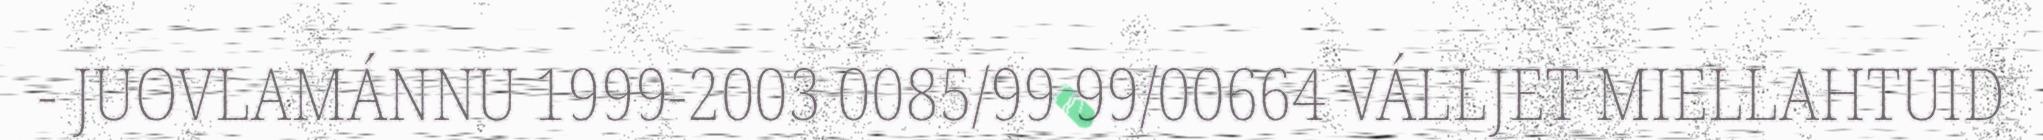
- JUOVLAMÁNNU 1999-2003 0085/99 99/00664 VÁLLJET MIELLAHTUID